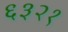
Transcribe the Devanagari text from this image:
६३२१